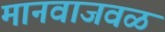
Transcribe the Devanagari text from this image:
मानवाजवळ